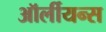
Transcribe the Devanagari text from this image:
ऑर्लीयन्स